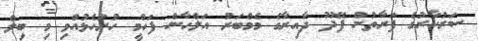
ސަރުކާރުގެ ފަރާތުން ފޭދޫ ދާއިރާގެ މެމްބަރު އަލްހާން ފަހްމީ ހުށަހެޅުއްވި މި ބިލް